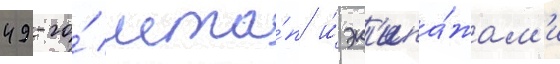
49-го́ мта́п и́ эк'ипа́жам'и